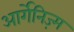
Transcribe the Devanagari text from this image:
आर्गेनिज़्म